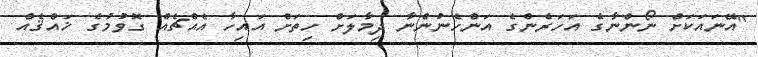
"އޭނައަކަށް ނޯންނާގެ އަހަރެންގެ އަންހެނުންނާ ދިމާލަށް ހިތަށް އައިހާ އެއްޗެއް ގޮވުމުގެ ޚައްޤެއް